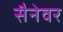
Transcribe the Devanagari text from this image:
सैनेवर